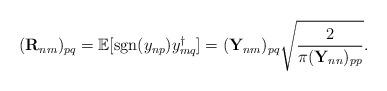
LaTeX: \begin{align*}(\mathbf{R}_{nm})_{pq}=\mathbb{E}[\mathrm{sgn}(y_{np})y_{mq}^{\dag}]=(\mathbf{Y}_{nm})_{pq}\sqrt{\frac{2}{\pi(\mathbf{Y}_{nn})_{pp}}}.\end{align*}